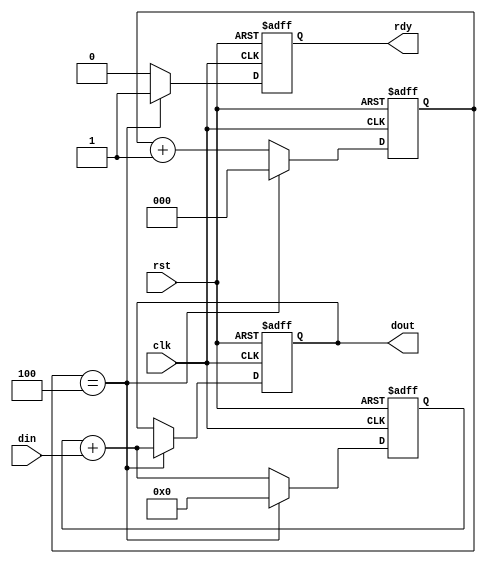
//SigCIC.v
module SigCIC(
	rst,clk,din,
	rdy,dout);
	
	input		rst;   //
	input		clk;   //FPGA200kHz
	input	 signed [9:0]	din;  //200kHZ
	output   rdy;   //
	output signed [12:0]	dout; //,5,40kHZ
	
	
	reg rdy_tem;
	reg [2:0] c;
	reg signed [12:0] tem;
	reg signed [12:0] dout_tem;
	always @(posedge clk or posedge rst)
		if (rst)
			//0
			begin
				c <= 3'd0;
				tem <= 13'd0;
				dout_tem <= 13'd0;
				rdy_tem <= 1'b0;
		   end	
		else
		   begin
				if (c==4)
					begin
						rdy_tem <= 1'b1;
						dout_tem <= tem + din;
						c = 3'd0;
						tem = 13'd0;
					end
				else
				   begin
						rdy_tem <= 1'b0;
						tem = tem + din;
						c = c + 1;
					end
			end
	assign dout = dout_tem;
   assign rdy = rdy_tem;	

endmodule